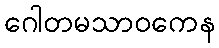
ဂေါတမသာဝကေန